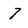
Character: 7